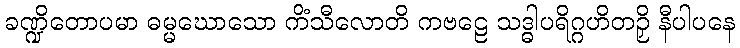
ခဏ္ဍိတောပမာ ဓမ္မဃောသော ကိံသီလောတိ ကဗဠေ သဒ္ဓါပရိဂ္ဂဟိတဉှိ နီပါပနေ